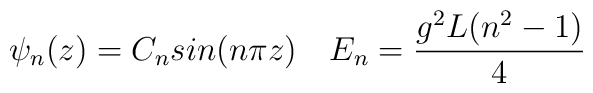
\psi_n(z) = C_n sin(n\pi z) \quad E_n = {g^2L(n^2-1) \over 4}